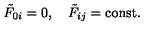
\tilde { F } _ { 0 i } = 0 , \quad \tilde { F } _ { i j } = \mathrm { c o n s t . }